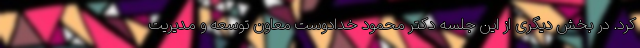
کرد. در بخش دیگری از این جلسه دکتر محمود خدادوست معاون توسعه و مدیریت